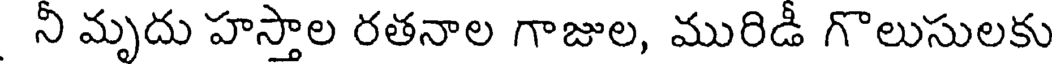
నీ మృదు హస్తాల రతనాల గాజుల, మురిడీ గొలుసులకు